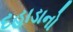
દહાડાનો